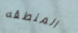
المنطقه